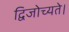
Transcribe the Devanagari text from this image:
द्विजोच्यते।